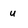
Character: u